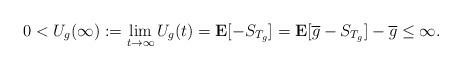
LaTeX: \begin{align*} 0<U_g(\infty):=\lim_{t\to\infty}U_g(t)=\mathbf{E}[-S_{T_g}]=\mathbf{E}[\overline{g}-S_{T_g}]-\overline{g}\le\infty.\end{align*}